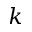
k